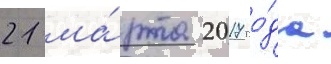
21 ма́рта 2017 го́да